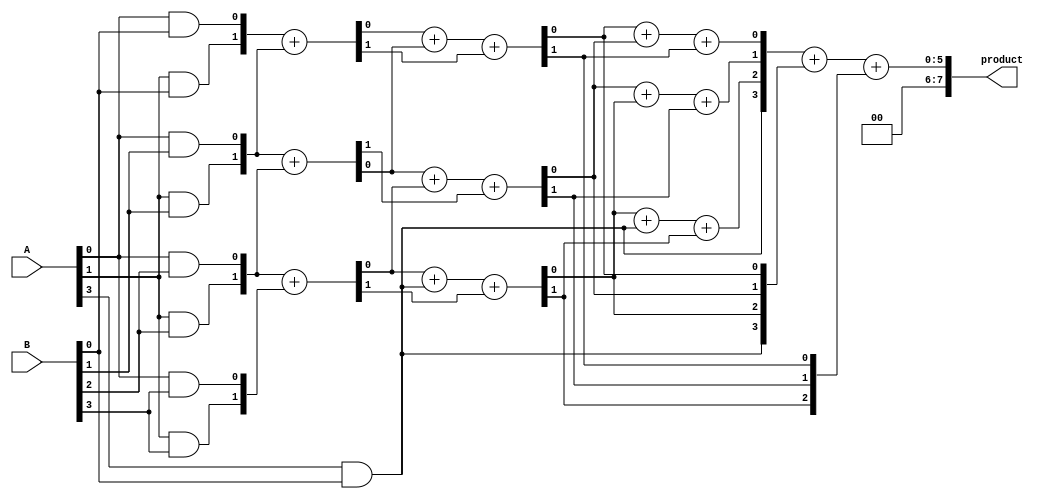
module dadda_multiplier #(parameter N = 4) (
    input [N-1:0] A,
    input [N-1:0] B,
    output reg [2*N-1:0] product
);

    // Partial products
    wire [N-1:0] pp [N-1:0]; // Partial products array

    // Generate partial products
    genvar i, j;
    generate
        for (i = 0; i < N; i = i + 1) begin : pp_gen
            for (j = 0; j < N; j = j + 1) begin : pp_row
                assign pp[i][j] = A[j] & B[i];
            end
        end
    endgenerate

    // Reduction stage
    wire [N-1:0] sum [N-1:0]; // Sums for reduction
    wire [N-1:0] carry [N-1:0]; // Carries for reduction

    // Initialize the first stage with partial products
    assign sum[0] = pp[0];
    assign carry[0] = 0;

    // Dadda reduction
    genvar stage;
    generate
        for (stage = 0; stage < N-1; stage = stage + 1) begin : reduction
            for (i = 0; i < N; i = i + 1) begin : reduction_row
                if (i < N-1) begin
                    // Half adder for the first row
                    if (stage == 0) begin
                        assign {carry[stage+1][i], sum[stage+1][i]} = pp[i] + pp[i+1];
                    end else begin
                        // Full adder for subsequent rows
                        assign {carry[stage+1][i], sum[stage+1][i]} = sum[stage][i] + sum[stage][i+1] + carry[stage][i];
                    end
                end else begin
                    assign sum[stage+1][i] = sum[stage][i];
                    assign carry[stage+1][i] = carry[stage][i];
                end
            end
        end
    endgenerate

    // Final addition of the last two rows
    wire [2*N-1:0] final_sum;
    wire [2*N-1:0] final_carry;

    assign {final_carry, final_sum} = {1'b0, sum[N-1]} + {1'b0, sum[N-2]} + {1'b0, carry[N-2]};

    // Assign the final product
    always @(*) begin
        product = final_sum;
    end

endmodule